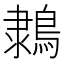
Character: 𪂩